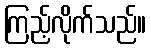
ကြည့်လိုက်သည်။